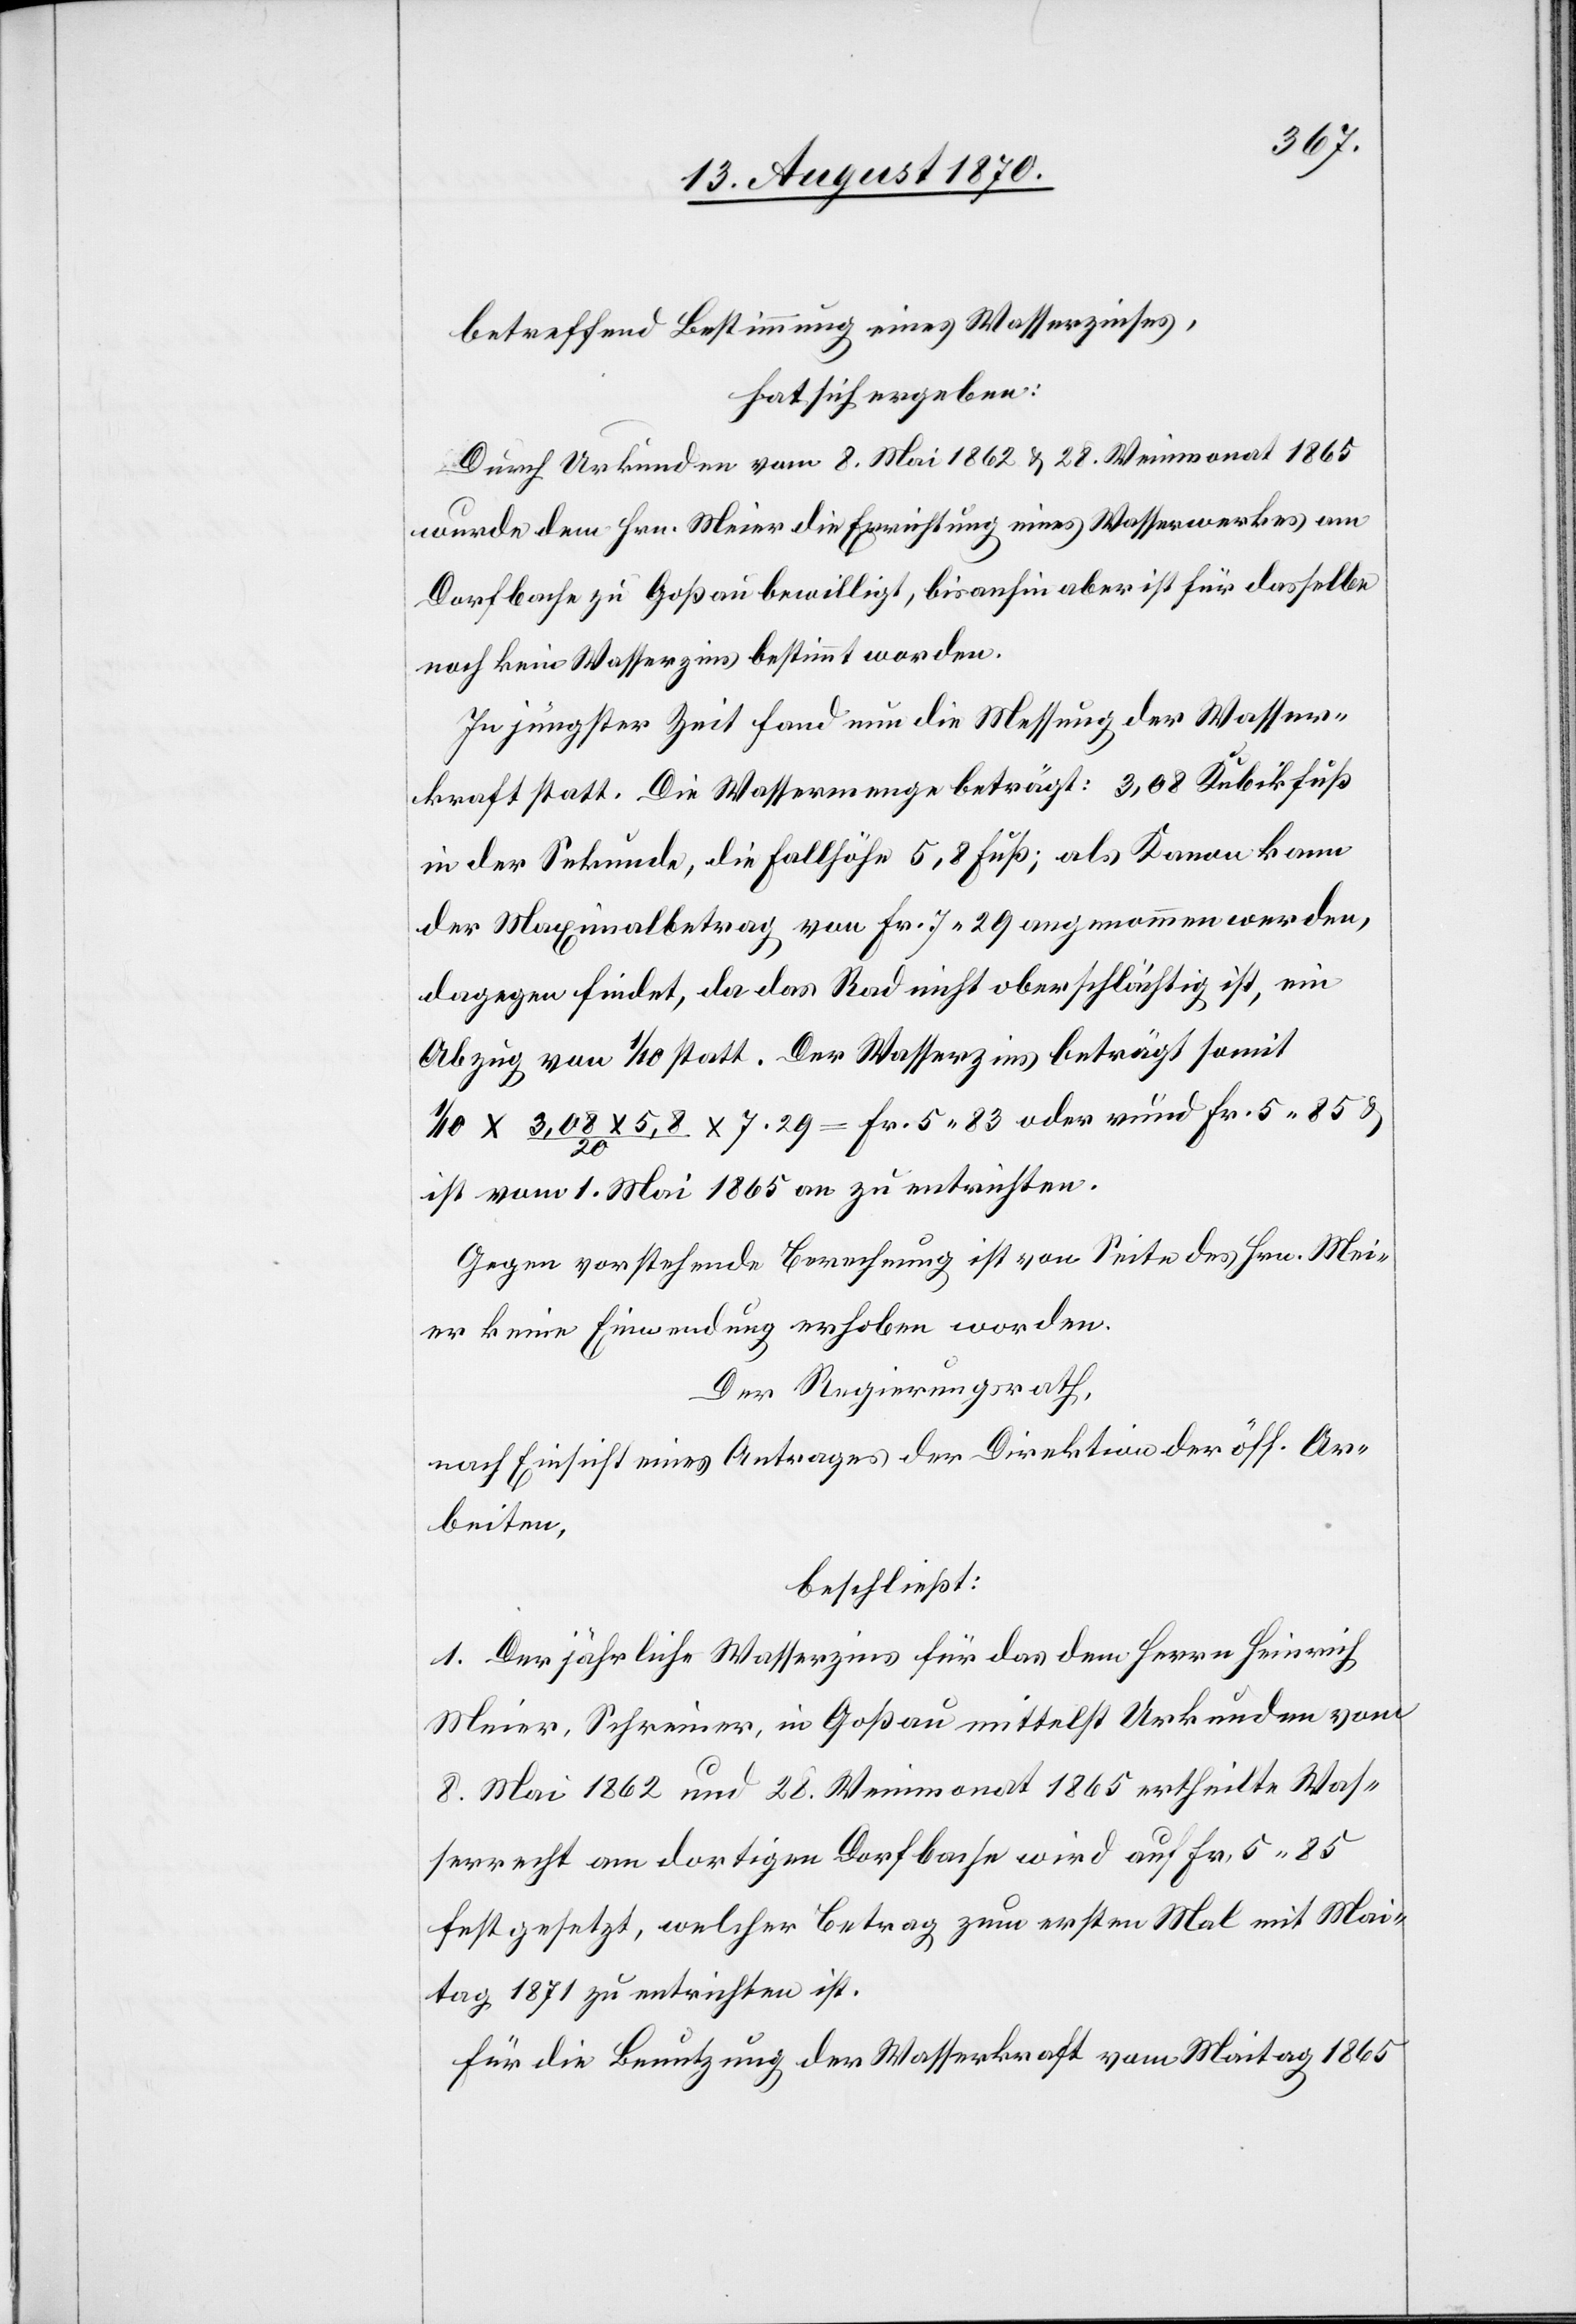
betreffend Bestimmung eines Wasserzinses,
hat sich ergeben:
Durch Urkunden vom 8. Mai 1862 & 28. Weinmonat 1865
wurde dem Hrn. Meier die Errichtung eines Wasserwerkes am
Dorfbache zu Goßau bewilligt, bisanhin aber ist für dasselbe
noch kein Wasserzins bestimmt worden.
In jüngster Zeit fand nun die Messung der Wasser¬
kraft statt. Die Wassermenge beträgt: 3,08 Kubikfuß
in der Sekunde, die Fallhöhe 5,8 Fuß; als Kanon kann
der Maximalbetrag von Fr. 7.29 angenommen werden,
dagegen findet, da das Rad oberschlächtig ist, ein
Abzug von 1/10 statt. Der Wasserzins beträgt somit
1/10 x 3,08 x 5,8 / 20 x 7.29 = Fr. 5.83 oder rund Fr. 5.85 &
ist vom 1. Mai 1865 an zu entrichten.
Gegen vorstehende Berechnung ist von Seite des Hrn. Mei¬
er keine Einwendung erhoben worden.
Der Regierungsrath,
nach Einsicht eines Antrages der Direktion der öff. Ar¬
beiten,
beschließt:
1. Der jährliche Wasserzins für das dem Herrn Heinrich
Meier, Schreiner, in Goßau mittelst Urkunden vom
8. Mai 1862 und 28. Weinmonat 1865 ertheilte Was¬
serrecht am dortigen Dorfbache wird auf Fr. 5.85
festgesetzt, welcher Betrag zum ersten Mal mit Mai¬
tag 1871 zu entrichten ist.
Für die Benutzung der Wasserkraft vom Maitag 1865